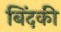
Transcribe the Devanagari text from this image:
बिंदकी